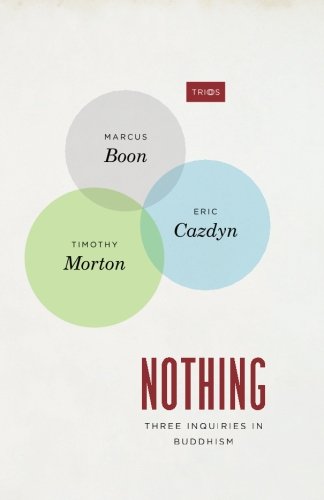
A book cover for Nothing: Three Inquiries in Buddhism (TRIOS); Marcus Boon; Religion & Spirituality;